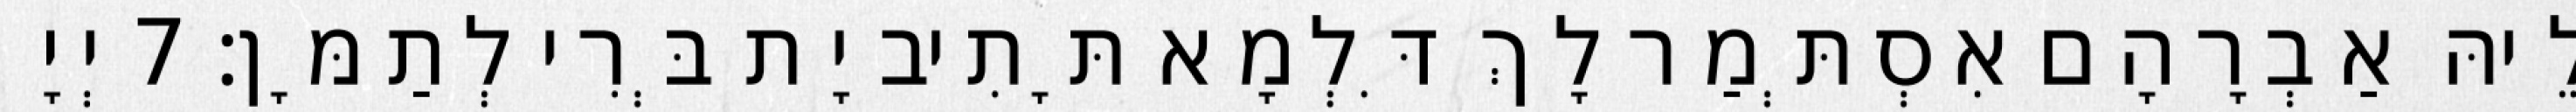
לֵיהּ אַבְרָהָם אִסְתְּמַר לָךְ דִּלְמָא תָּתִיב יָת בְּרִי לְתַמָּן׃ 7 יְיָ